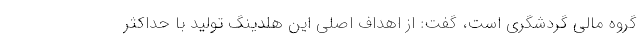
گروه مالی گردشگری است، گفت: از اهداف اصلی این هلدینگ تولید با حداکثر